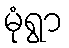
မုံရွာ